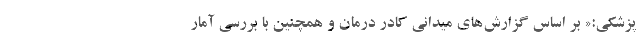
پزشکی:« بر اساس گزارش‌های میدانی کادر درمان و همچنین با بررسی آمار